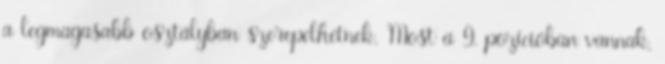
a legmagasabb osztályban szerepelhetnek. Most a 9. pozícióban vannak,